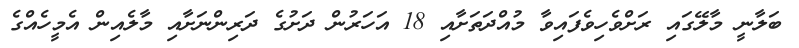
ބަލާނީ މާލޭގައި ރަށްވެހިވެފައިވާ މުއްދަތަށާއި 18 އަހަރުން ދަށުގެ ދަރިންނަށާއި މާލެއިން އެމީހެއްގެ